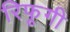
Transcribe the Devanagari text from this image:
रिफूगी